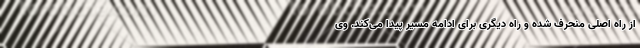
از راه اصلی منحرف شده و راه دیگری برای ادامه مسیر پیدا می‌کند. وی